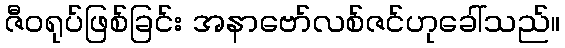
ဇီဝရုပ်ဖြစ်ခြင်း အနာဗော်လစ်ဇင်ဟုခေါ်သည်။